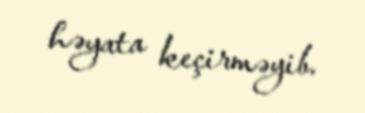
həyata keçirməyib.